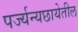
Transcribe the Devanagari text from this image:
पर्ज्यन्यछायेतील